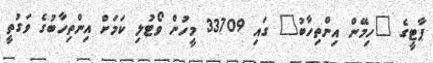
ޕާޓީގެ "ހިމޭން އިންތިހާބު" ގައި 33709 މީހުން ވޯޓުލި ކަމަށް އިންތިހާބުގެ ވަގުތީ